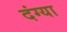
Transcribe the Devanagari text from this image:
दंग्या